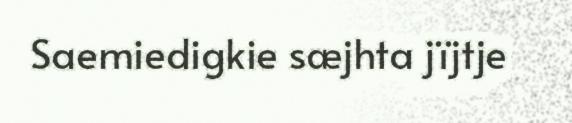
Saemiedigkie sæjhta jïjtje